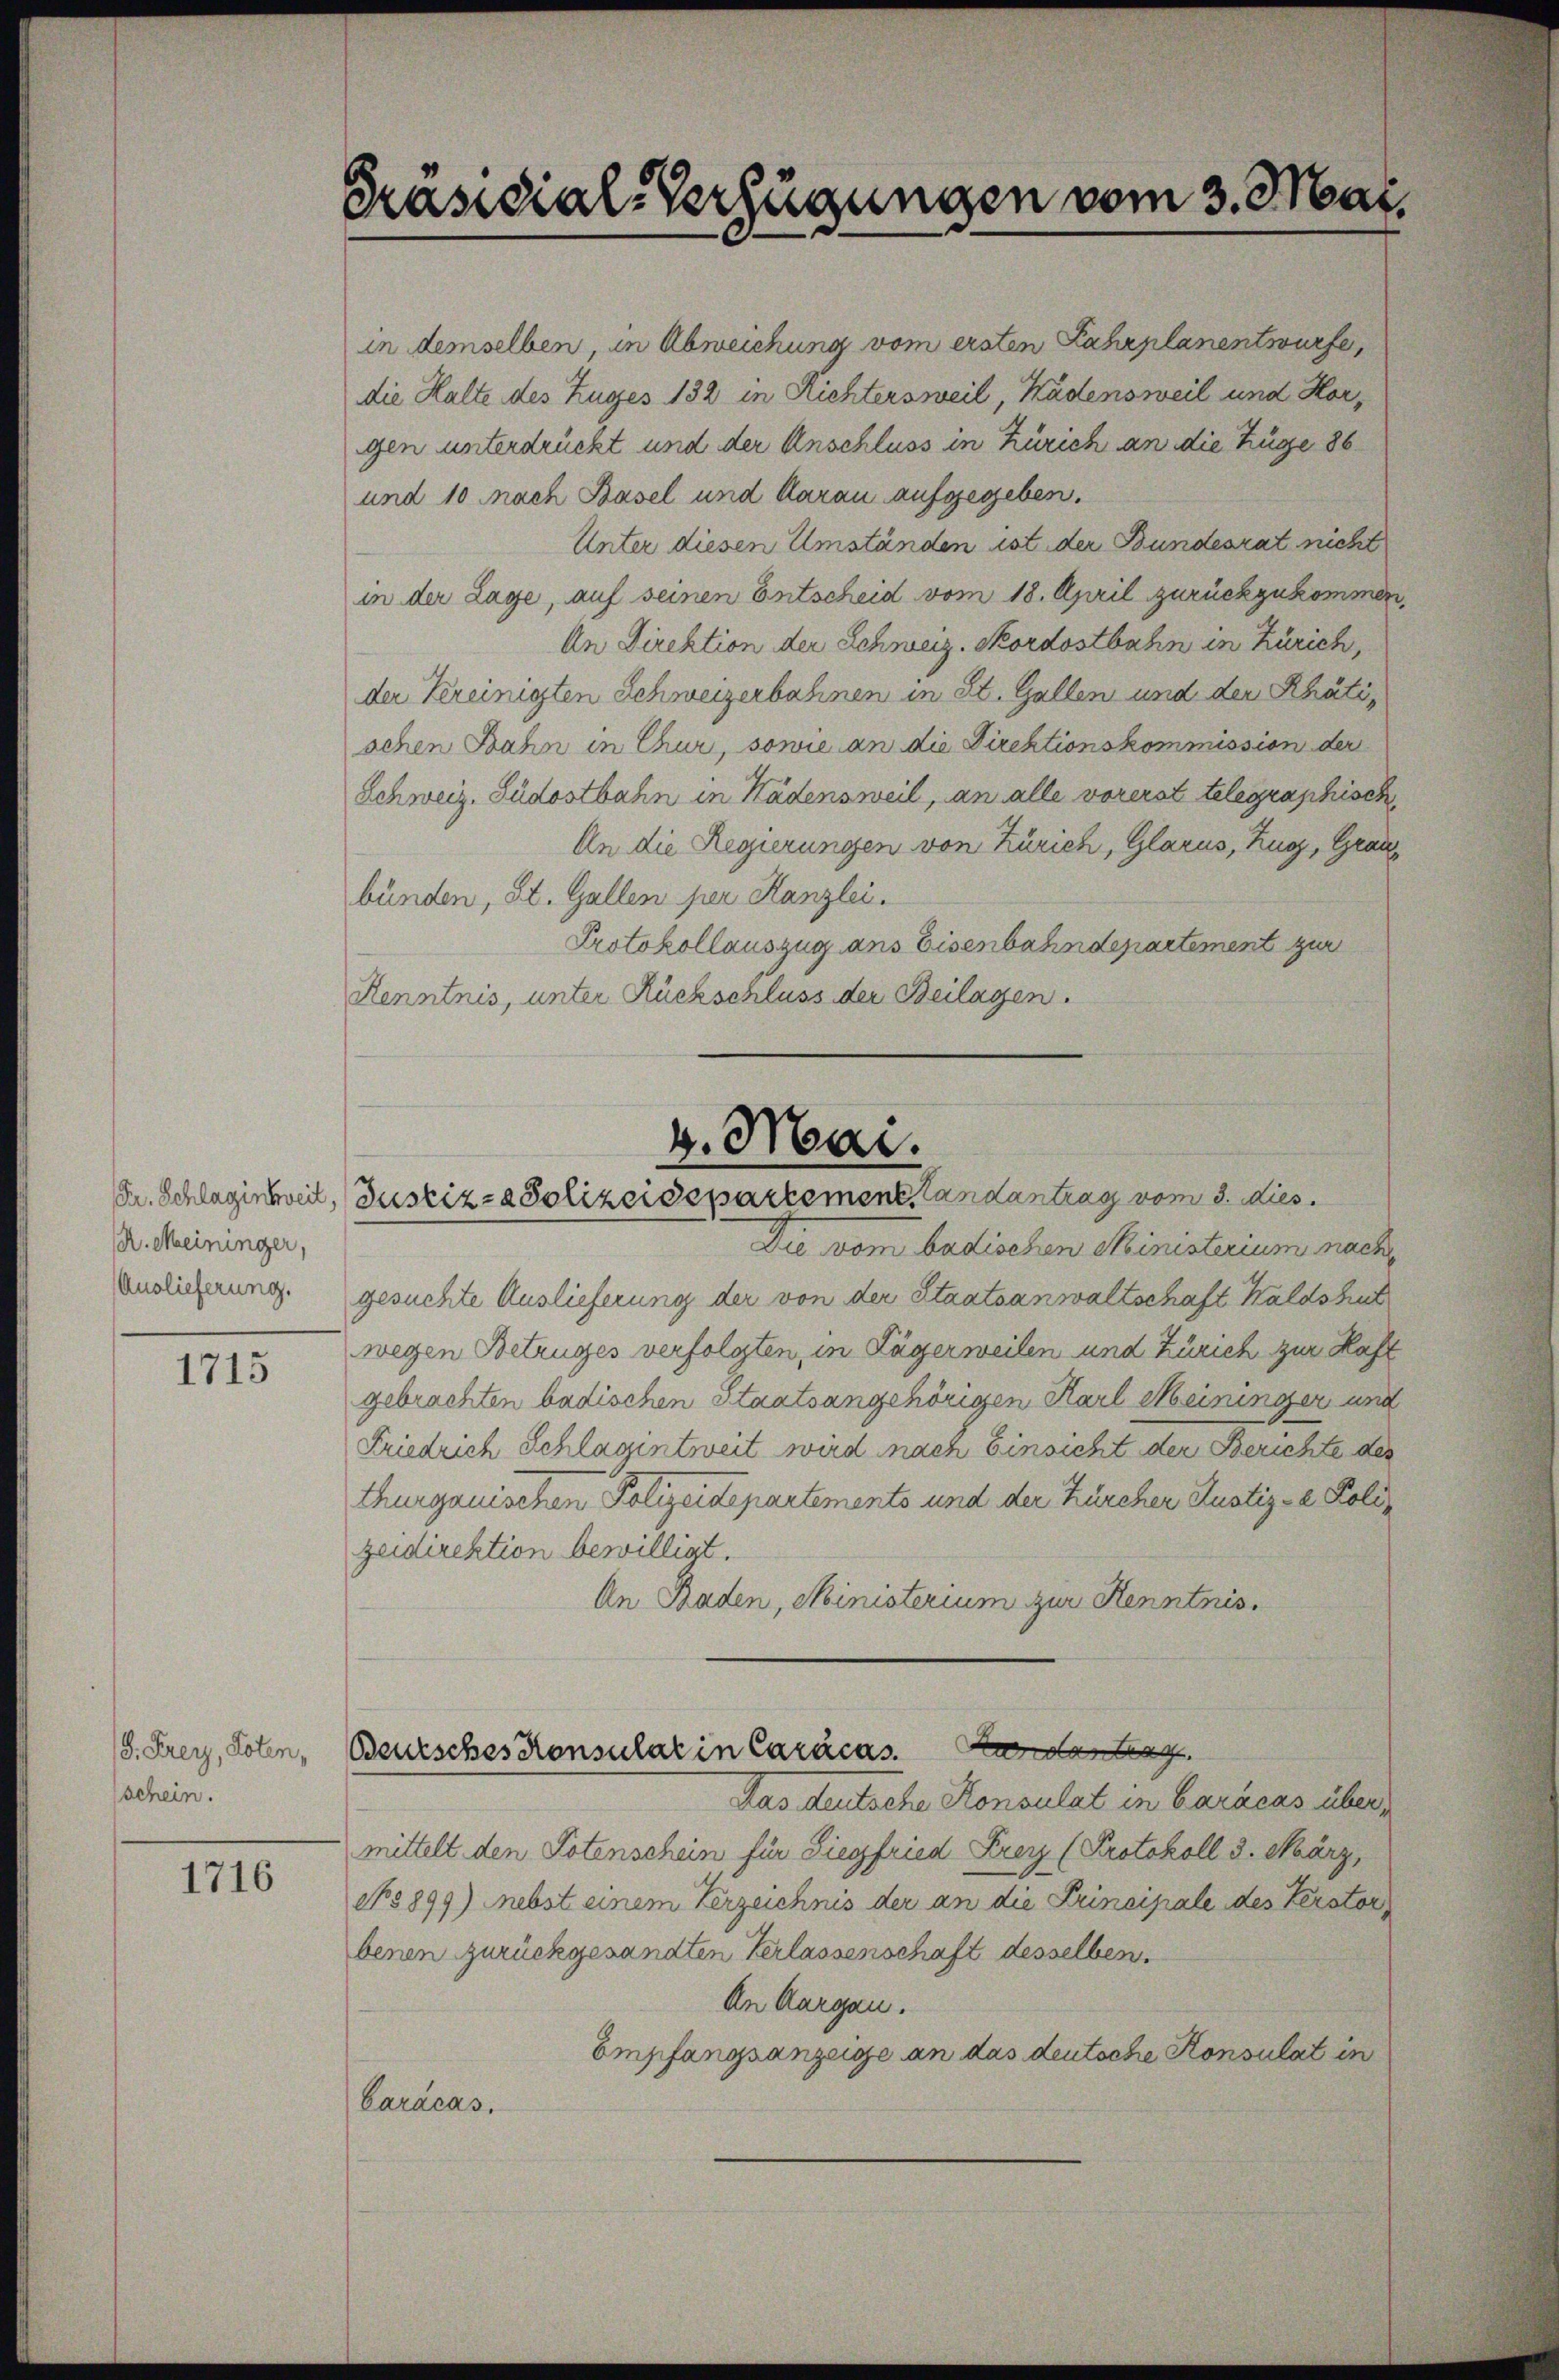
R. Meininger,
Auslieferung.

1715

8. Frey, Poten,
schein.

1716

Präsidial-Verfügungen vom 3. Mai.

in demselben, in Abweichung vom ersten Fahrplanentwürfe,
die Halte des Zuges 132 in Richtersweil, Kadensweil und Horgen unterdrückt und der Anschluss in Zürich an die Züge 86
und 10 mach Basel und darau aufgegeben.
Unter diesen Umständen ist der Bundesrat nicht
in der Lage, auf seinen Entscheid vom 18. April zurückzukommen,
An Direktion der Schweiz. Skordostbahn in Zürich,
der Vereinigten Schweizerbahnen in St. Gallen und der Rhäti,
schen Bahn in Chur, sowie an die Direktionskommission der
Schweiz. Südostbahn in Hädensweil, an alle vorerst telegraphisch
An die Regierungen von Zürich, Glarus, Zug, Gran
bünden, St. Gallen per Kanzlei.
Protokollauszug ans Eisenbahndepartement zur
Kenntnis, unter Rückschluss der Beilagen.
4. Mai.

Dr. Schlagintweil, Justiz- & Polizeidepartement, Landantrag vom 3. dies

Die vom badischen Ministerium nachgesuchte Auslieferung der von der Staatsanwaltschaft Waldshut
wegen Betruges verfolgten, in Lägerweilen und Zürich zur Haft
gebrachten badischen Staatsangehörigen Karl Meininger und
Friedrich Schlagintweit wird nach Einsicht der Berichte des
thurgauischen Polizeidepartements und der Zürcher Justiz - Polizeidirektion bewilligt.
An Baden, Ministerium zur Kenntnis.
Bunden
Beutsches Konsulat in Caracas.
Das deutsche Konsulat in Baracas über
mittelt den Totenschein für Siegfried Frey (Protokoll 3. März,
No 899) nebst einem Verzeichnis der an die Principale des Verstorbenen zurückgesandten Verlassenschaft desselben.
An Aargau.
Empfangsanzeige an das deutsche Konsulat in
Carácas.